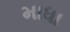
માધા